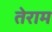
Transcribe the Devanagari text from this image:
तेराम